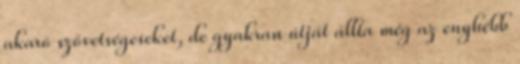
akaró szövetségeseket, de gyakran útját állta még az enyhébb